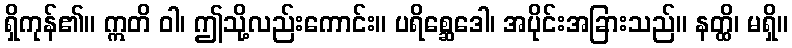
ရှိကုန်၏။ ဣတိ ဝါ၊ ဤသို့လည်းကောင်း။ ပရိစ္ဆေဒေါ၊ အပိုင်းအခြားသည်။ နတ္ထိ၊ မရှိ။